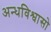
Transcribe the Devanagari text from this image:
अन्धविश्वासो